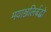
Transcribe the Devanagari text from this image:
मयाञ्जलिर्बद्धो